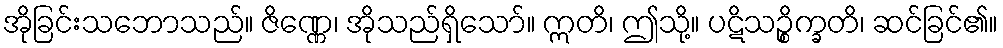
အိုခြင်းသဘောသည်။ ဇိဏ္ဏေ၊ အိုသည်ရှိသော်။ ဣတိ၊ ဤသို့။ ပဋိသဉ္စိက္ခတိ၊ ဆင်ခြင်၏။